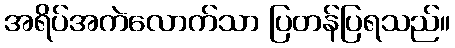
အရိပ်အကဲလောက်သာ ပြတန်ပြရသည်။